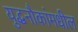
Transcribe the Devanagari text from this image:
युद्धनौकांमधील